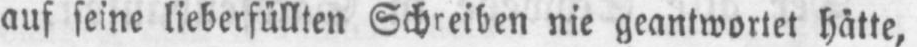
nie geantwortet hätte,